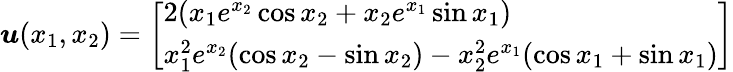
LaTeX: \begin{array}{r}{\boldsymbol{u}(x_{1},x_{2})=\left[\begin{array}{l}{2(x_{1}e^{x_{2}}\cos x_{2}+x_{2}e^{x_{1}}\sin x_{1})}\\ {x_{1}^{2}e^{x_{2}}(\cos x_{2}-\sin x_{2})-x_{2}^{2}e^{x_{1}}(\cos x_{1}+\sin x_{1})}\end{array}\right]}\end{array}